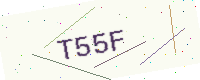
Text: T55F